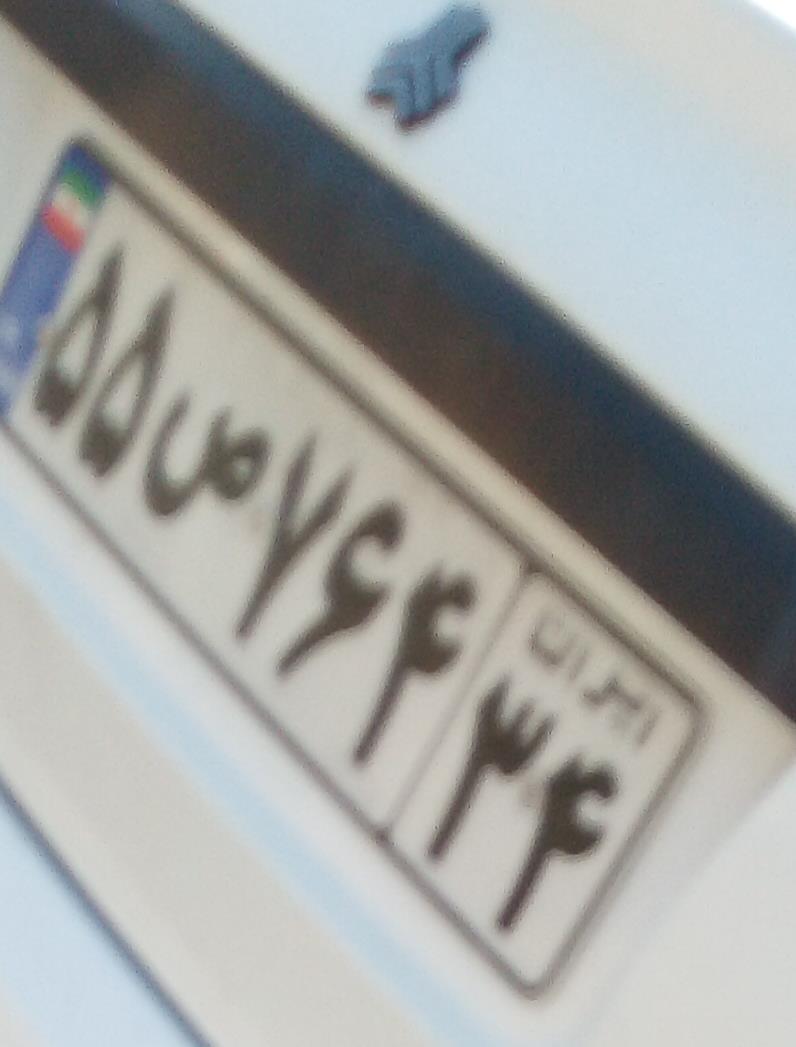
۵۵ص۷۶۴۳۴